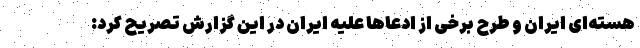
هسته‌ای ایران و طرح برخی از ادعاها علیه ایران در این گزارش تصریح کرد:‌